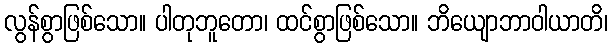
လွန်စွာဖြစ်သော။ ပါတုဘူတော၊ ထင်စွာဖြစ်သော။ ဘိယျောဘာဝါယာတိ၊